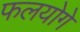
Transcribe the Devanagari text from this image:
फलयोगे